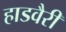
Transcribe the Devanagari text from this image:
हाडवैरी